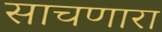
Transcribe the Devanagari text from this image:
साचणारा